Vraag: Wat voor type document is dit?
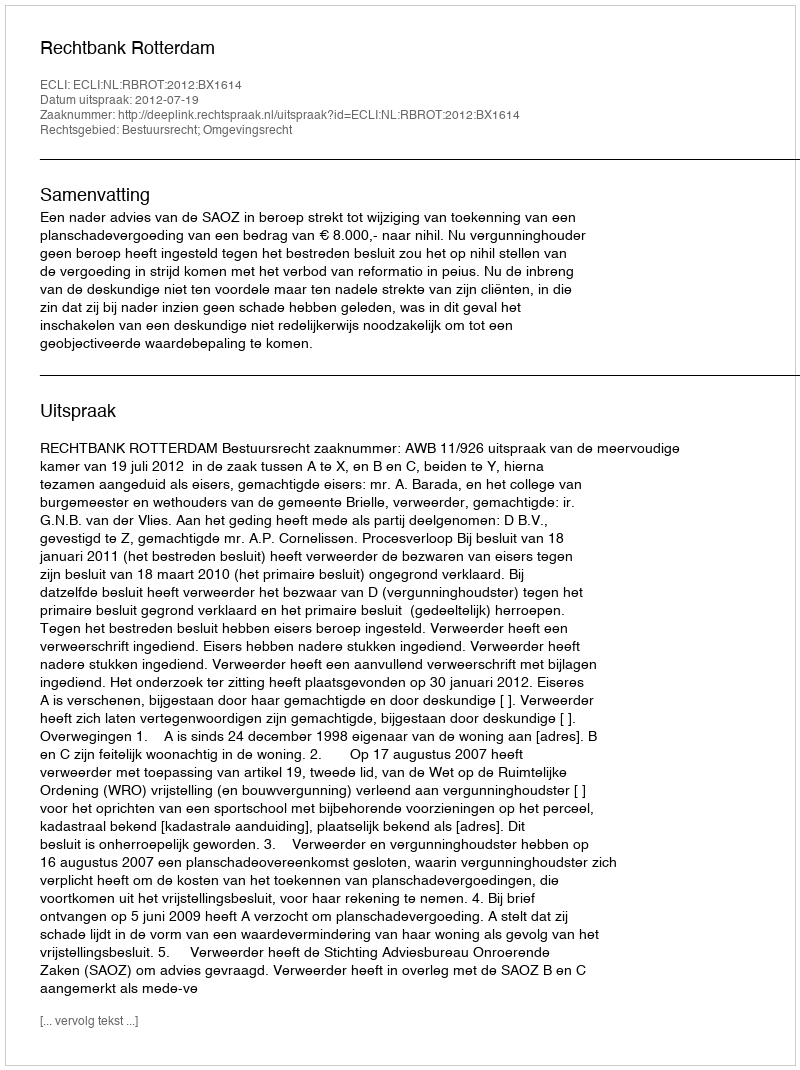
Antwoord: Uitspraak